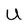
Character: U